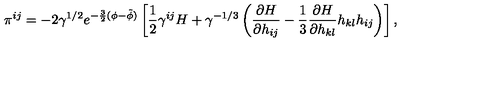
\pi ^ { i j } = - 2 \gamma ^ { 1 / 2 } e ^ { - \frac { 3 } { 2 } ( \phi - \tilde { \phi } ) } \left[ \frac { 1 } { 2 } \gamma ^ { i j } H + \gamma ^ { - 1 / 3 } \left( \frac { \partial H } { \partial h _ { i j } } - \frac { 1 } { 3 } \frac { \partial H } { \partial h _ { k l } } h _ { k l } h _ { i j } \right) \right] ,